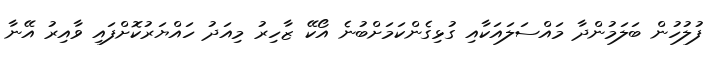
ފުލުހުން ބަލަމުންދާ މައްސަލައަކާއި ގުޅިގެންކަމަށްބުނެ އޯކޭ ޒާހިރު މިއަދު ހައްޔަރުކޮށްފައި ވާއިރު އޭނާ